Report on malaria in the Punjab during the year ...  together with an account of the work of the Punjab Malaria Bureau - Volume 5
Disease focus: Malaria
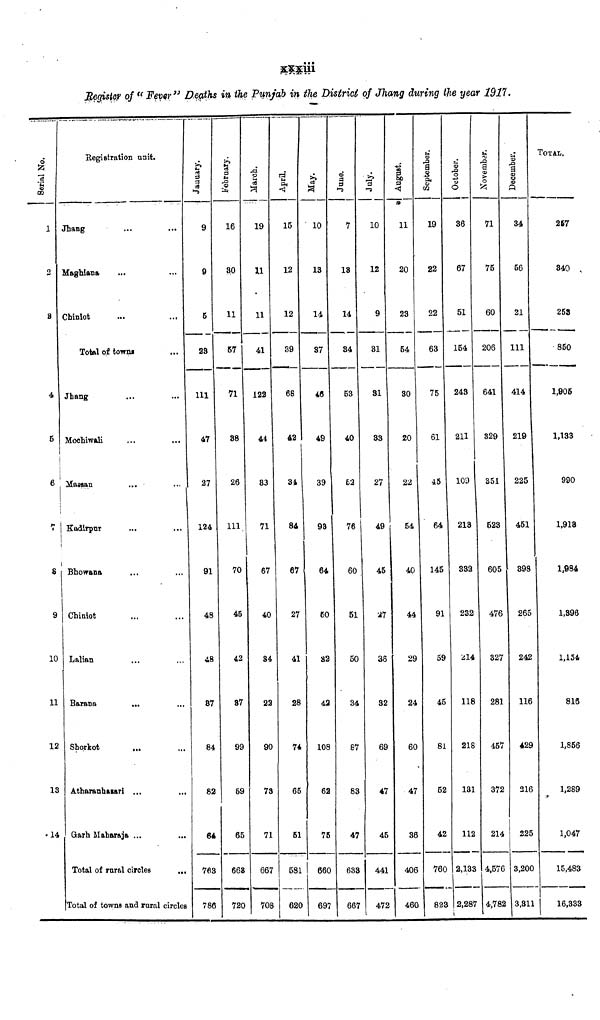
Register of " Fever" Deaths in the Punjab in the District of Jhang during the year 1917.
1
2
8
4
5
6
7
8
9
10
11
12
13
14
Registration unit.
Jhang
Maghiana
Chinlot
...
...
Total of towns
Jhang
Mochiwali
Massan
Kadirpur
Bhowana
Chiniot
Lalian
Barana
Shorkot
Atharanhasar
Garh Maharaj
...
...
...
...
...
...
...
...
...
a ...
Total of rural circles
...
...
...
...
...
...
...
...
...
...
...
...
Total of towns and rural circles
9
0
6
23
111
47
27
124
91
48
48
87
84
82
64
763
786
February.
16
30
11
57
71
38
26
111
70
45
42
87
99
59
65
668
720
March.
19
11
11
41
122
44
83
71
67
40
84
22
90
73
71
667
708
April.
15
12
12
89
68
42
34
84
67
27
41
28
74
65
51
581
620
May.
10
13
14
37
46
49
39
98
64
60
32
42
108
62
76
660
697
June.
7
18
14
84
53
40
52
76
60
51
50
34
87
83
47
633
667
July.
10
12
9
31
31
33
27
49
45
27
36
32
69
47
45
441
472
11
20
23
54
30
20
22
54
40
44
29
24
60
47
36
406
460
September.
19
22
22
63
75
61
45
64
145
91
59
45
81
52
42
760
823
October.
36
67
51
154
243
211
109
213
332
232
214
118
218
131
112
2,133
2,287
i
71
75
60
206
641
329
351
523
605
476
327
281
457
372
214
4,576
4,782
December.
34
56
21
111
414
219
225
451
398
265
242
116
429
216
225
3,200
3,311
TOTAL.
267
340
253
850
1,905
1,133
990
1,913
1,984
1,396
1,134
816
1,856
1,289
1,047
15,483
16,333